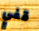
قفي